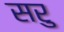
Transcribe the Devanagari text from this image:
सरु